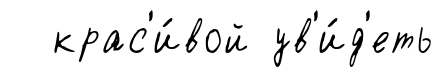
крас'и́вой ув'и́д'еть